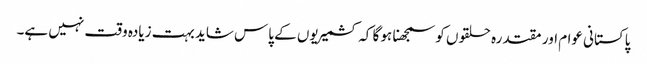
پاکستانی عوام اور مقتدرہ حلقوں کو سمجھنا ہو گا کہ کشمیریوں کے پاس شاید بہت زیادہ وقت نہیں ہے۔